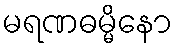
မရဏဓမ္မိနော